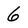
Character: 6